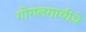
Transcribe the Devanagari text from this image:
गोगलगायीचे